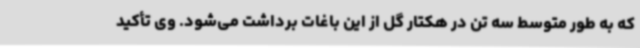
که به طور متوسط سه تن در هکتار گل از این باغات برداشت می‌شود. وی تأکید